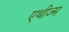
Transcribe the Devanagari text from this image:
एथीज्म